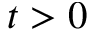
t > 0